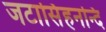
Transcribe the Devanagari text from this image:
जटासिंहनन्दि